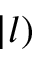
| l )